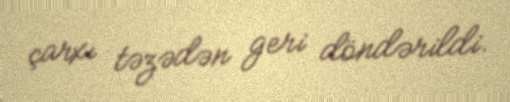
çarxı təzədən geri döndərildi.